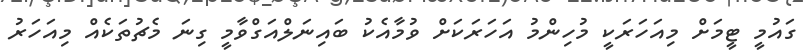
ގައުމީ ޓީމަށް މިއަހަރަކީ މުހިންމު އަހަރަކަށް ވުމާއެކު ބައިނަލްއަގްވާމީ ގިނަ މެޗުތަކެއް މިއަހަރު